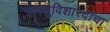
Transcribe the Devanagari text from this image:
वास्तुविशारदाचा